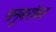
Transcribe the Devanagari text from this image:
चमूबरोबर